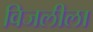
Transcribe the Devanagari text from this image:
विजलीला